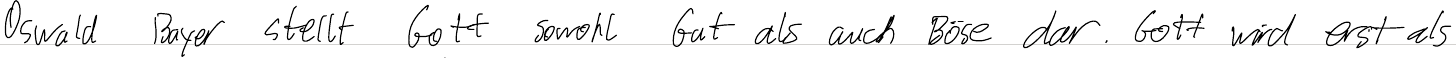
Oswald Bayer stellt Gott sowohl als Gut als auch Böse dar. Gott wird erst als